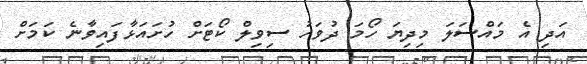
އަދި އެ މައްސަލަ މިދިޔަ ހޯމަ ދުވަހު ސިވިލް ކޯޓަށް ހުށައަޅާފައިވާނެ ކަމަށް